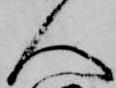
人